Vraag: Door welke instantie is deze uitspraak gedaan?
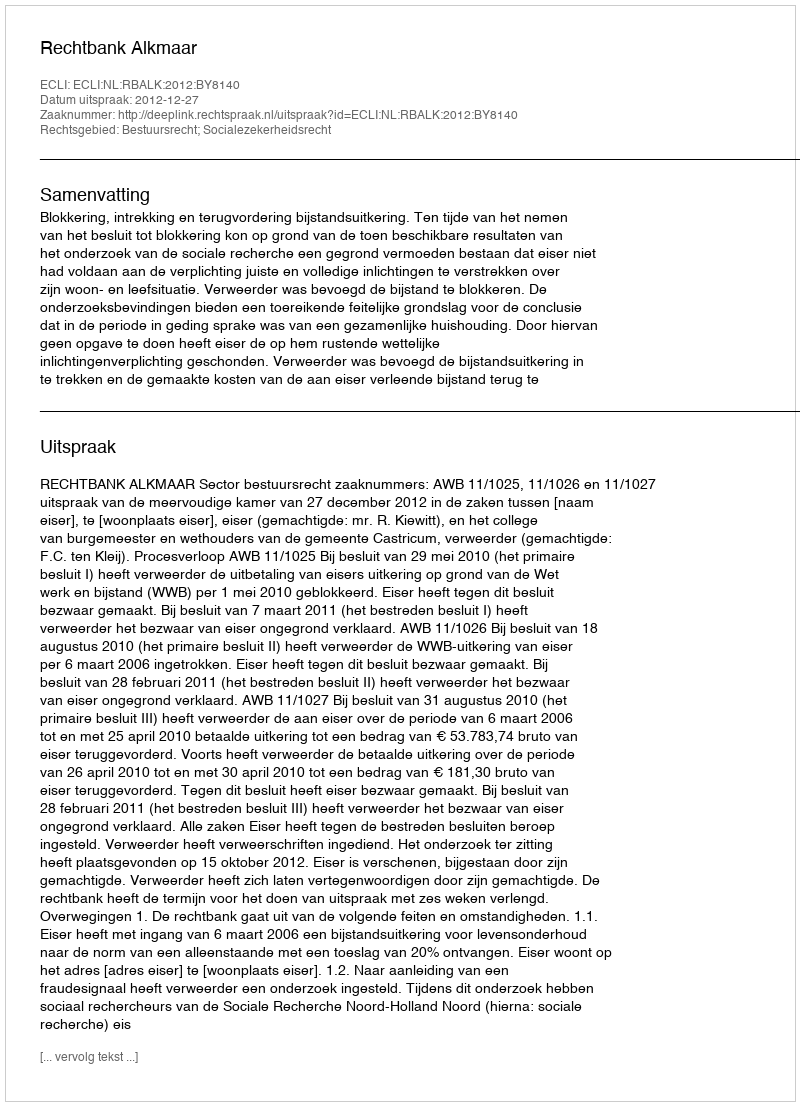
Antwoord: Rechtbank Alkmaar